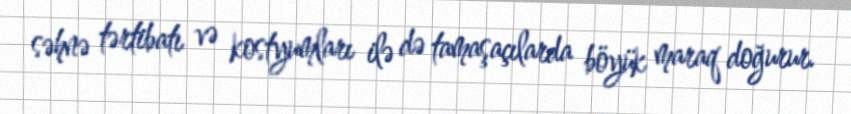
səhnə tərtibatı və kostyumları ilə də tamaşaçılarda böyük maraq doğurur.